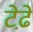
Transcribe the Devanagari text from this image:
टेढे़